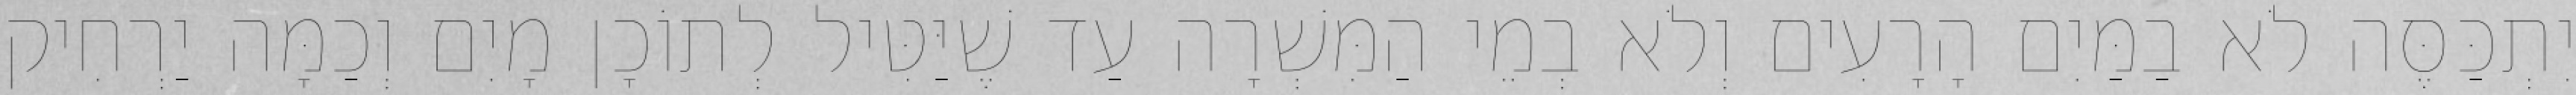
יִתְכַּסֶּה לֹא בַמַּיִם הָרָעִים וְלֹא בְמֵי הַמִּשְׁרָה עַד שֶׁיַּטִּיל לְתוֹכָן מָיִם וְכַמָּה יַרְחִיק